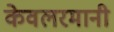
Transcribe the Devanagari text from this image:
केवलरमानी